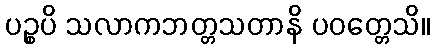
ပဉ္စပိ သလာကဘတ္တသတာနိ ပဝတ္တေသိ။